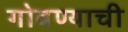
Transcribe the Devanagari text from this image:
गोवण्याची